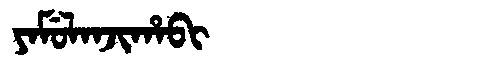
Manchu: ᠶᠠᠮᡠᠯᠠᠨᠵᡳᡥᠠᠪᡳ
Romanization: YAMULANJIHABI